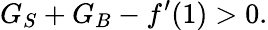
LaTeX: G_{S}+G_{B}-f^{\prime}(1)>0.